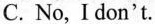
C. No, I don't.